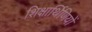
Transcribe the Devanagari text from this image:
शिक्षार्थिणियों